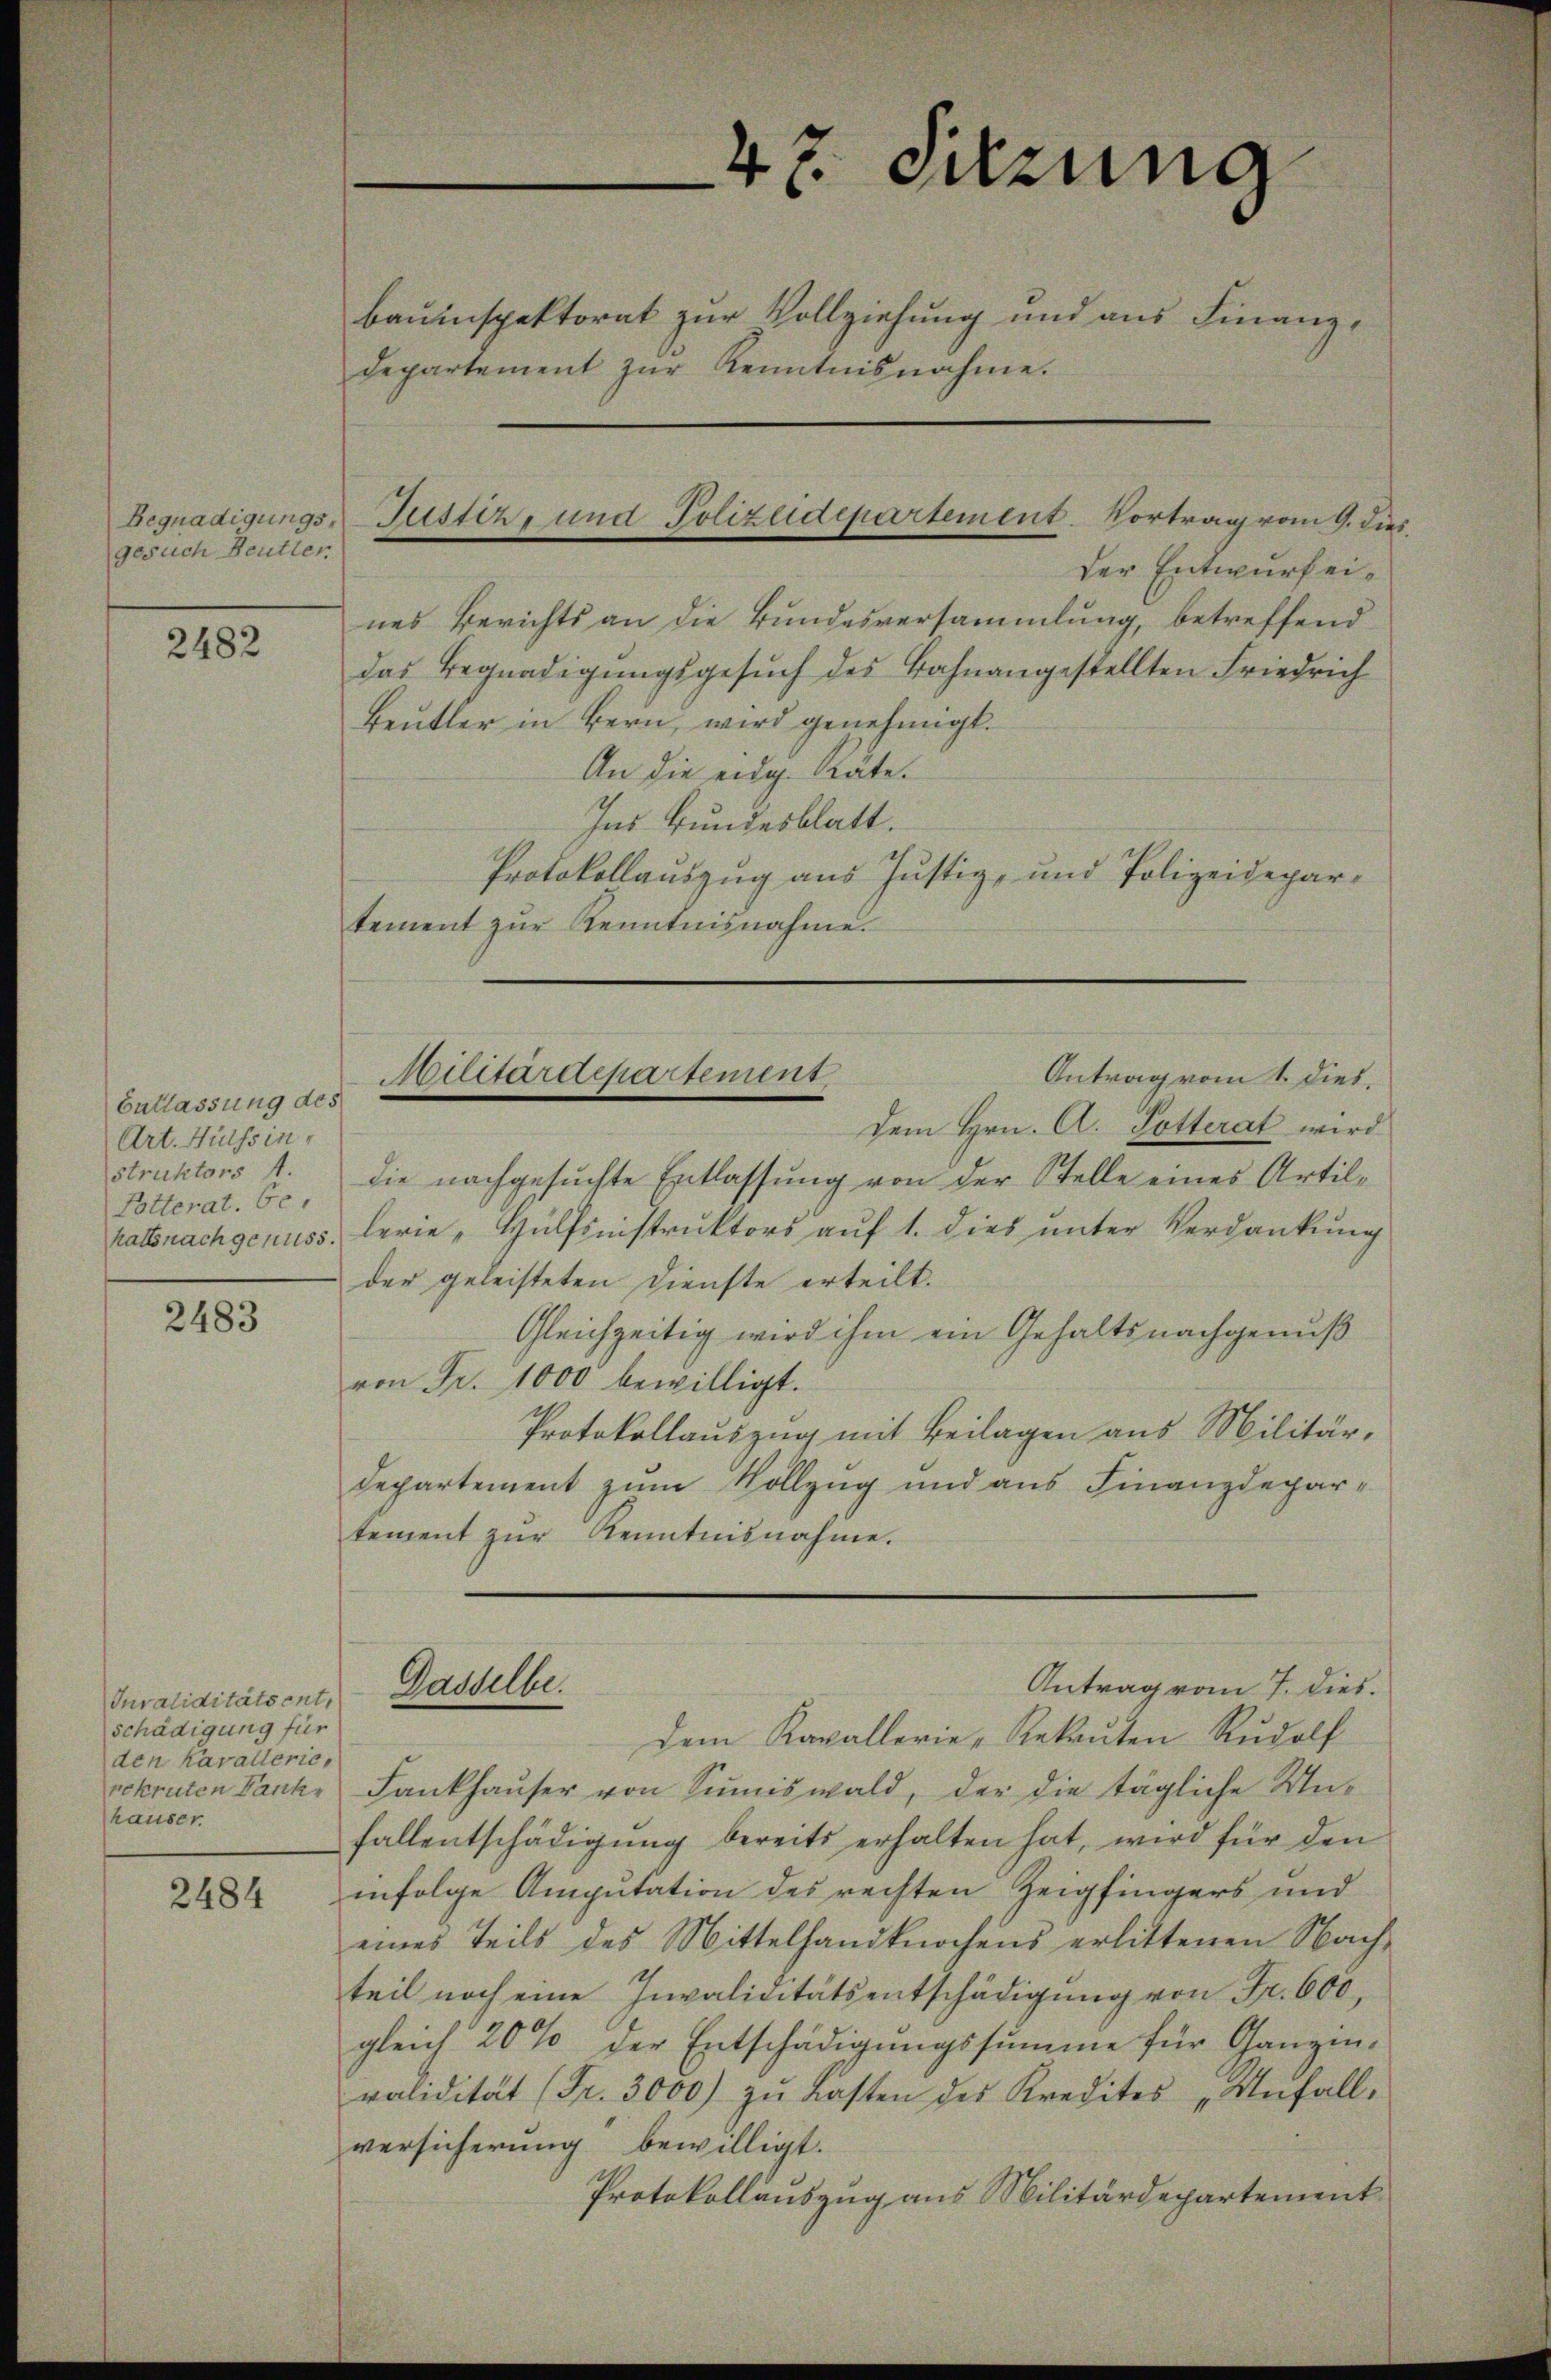
Begnadigungsgesuch Beutter

2482

Entlassung des
Art. Hülssin,
struktors A.
Lotterat, be
hatts nachgenuss.

2483

Juvaliditätsent,
schädigung für
den Kavalleric
hauser

2484

der Entwurf eines Berichts an die Bundesversammlung, betreffend
das Begnadigungsgesŭch des Bahnangestellten Friedrich
Beŭtler in Bern, wird genehmigt.
An die eidg. Räte.
Ins Bundesblatt.
Protokollauszug aus Justiz- und Polizeidepartement zŭr Kenntnisnahme.

Antrag vom 1. dies.
die nachgesuchte Entlassung von der Stelle eines Artillerie, Hülfsnistruktors auf 1. dies unter Verdankung
der geleisteten Dienste erteilt.
Gleichzeitig wird ihm ein Gehaltsnachgenuß
von Fr. 1000 bewilligt.
Protokollauszug mit Beilagen aus Militär¬
Departement zum Vollzug und aus Finanzdepar-
tement zŭr Kenntnisnahme.
Antrag vom 7. dies.
Gaddelber
Dem Kavallerie-Rekaŭten Rudolf
rekruten Fank, Lankhaŭser von Sŭmiswald, der die tägliche Unfallentschädigung bereits erhalten hat, wird für den
infolge Amputation des rechten Zeigfingers und
eines Teils des Mittelhandknochens erlittenen Nach-
teil noch eine Invaliditätsentschädigung von Fr. 600,
gleich 20% der Entschädigŭngssumme für Ganzin-
validität (Fr. 3000 zŭ Lasten des Kredites „Unfall.
versicherung bewilligt.
Protokollauszug aus Militärdepartement

47. Sitzung
bauinspektorat zur Vollziehung und aus Finanzdepartement zŭr Kenntnisnahme.

Justiz- und Polizeidepartement. Vortrag vom 9. dies

Aulltardepartement
Dem Hrn. A. Potterat wird